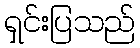
ရှင်းပြသည်